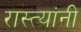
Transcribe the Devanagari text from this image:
रास्त्यांनी